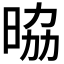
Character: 𭦀